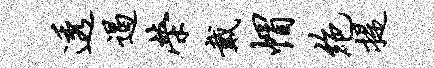
透遏荣戴帽绝提